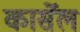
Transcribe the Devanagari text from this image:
कार्सेल